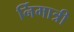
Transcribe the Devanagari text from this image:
र्निमात्री